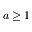
a \ge 1